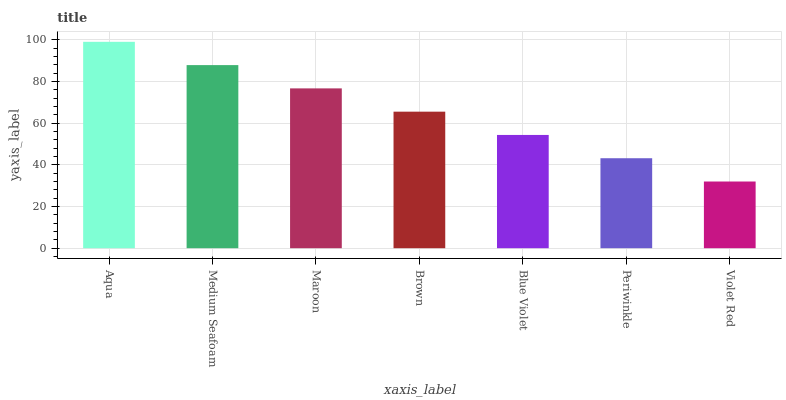
| xaxis_label | bars |
 | --- | --- |
 | Aqua | 99 |
 | Medium Seafoam | 87.8 |
 | Maroon | 76.7 |
 | Brown | 65.5 |
 | Blue Violet | 54.3 |
 | Periwinkle | 43.2 |
 | Violet Red | 32 |